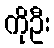
ကိုဦး